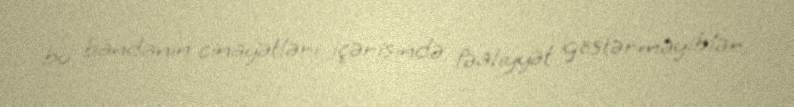
bu bandanın cinayətləri içərisində fəaliyyət göstərməyiblər.